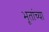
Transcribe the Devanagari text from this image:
भूतांच्या